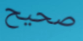
صحيح